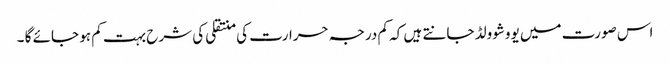
اس صورت میں یووشوولڈ جانتے ہیں کہ کم درجہ حرارت کی منتقلی کی شرح بہت کم ہو جائے گا ۔